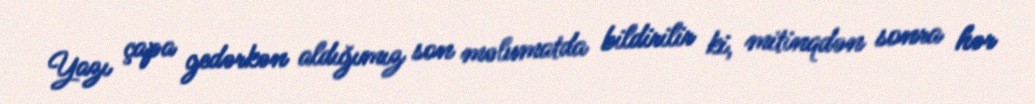
Yazı çapa gedərkən aldığımız son məlumatda bildirilir ki, mitinqdən sonra hər